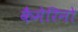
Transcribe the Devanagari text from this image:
कैमेरिनो